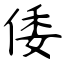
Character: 倭